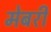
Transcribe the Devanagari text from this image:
मेबरी